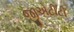
જીએટીટી